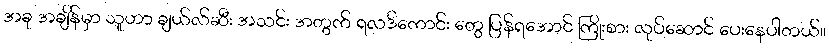
အခု အချိန်မှာ သူဟာ ချယ်လ်ဆီး အသင်း အတွက် ရလဒ်ကောင်း တွေ ပြန်ရအောင် ကြိုးစား လုပ်ဆောင် ပေးနေပါတယ်။